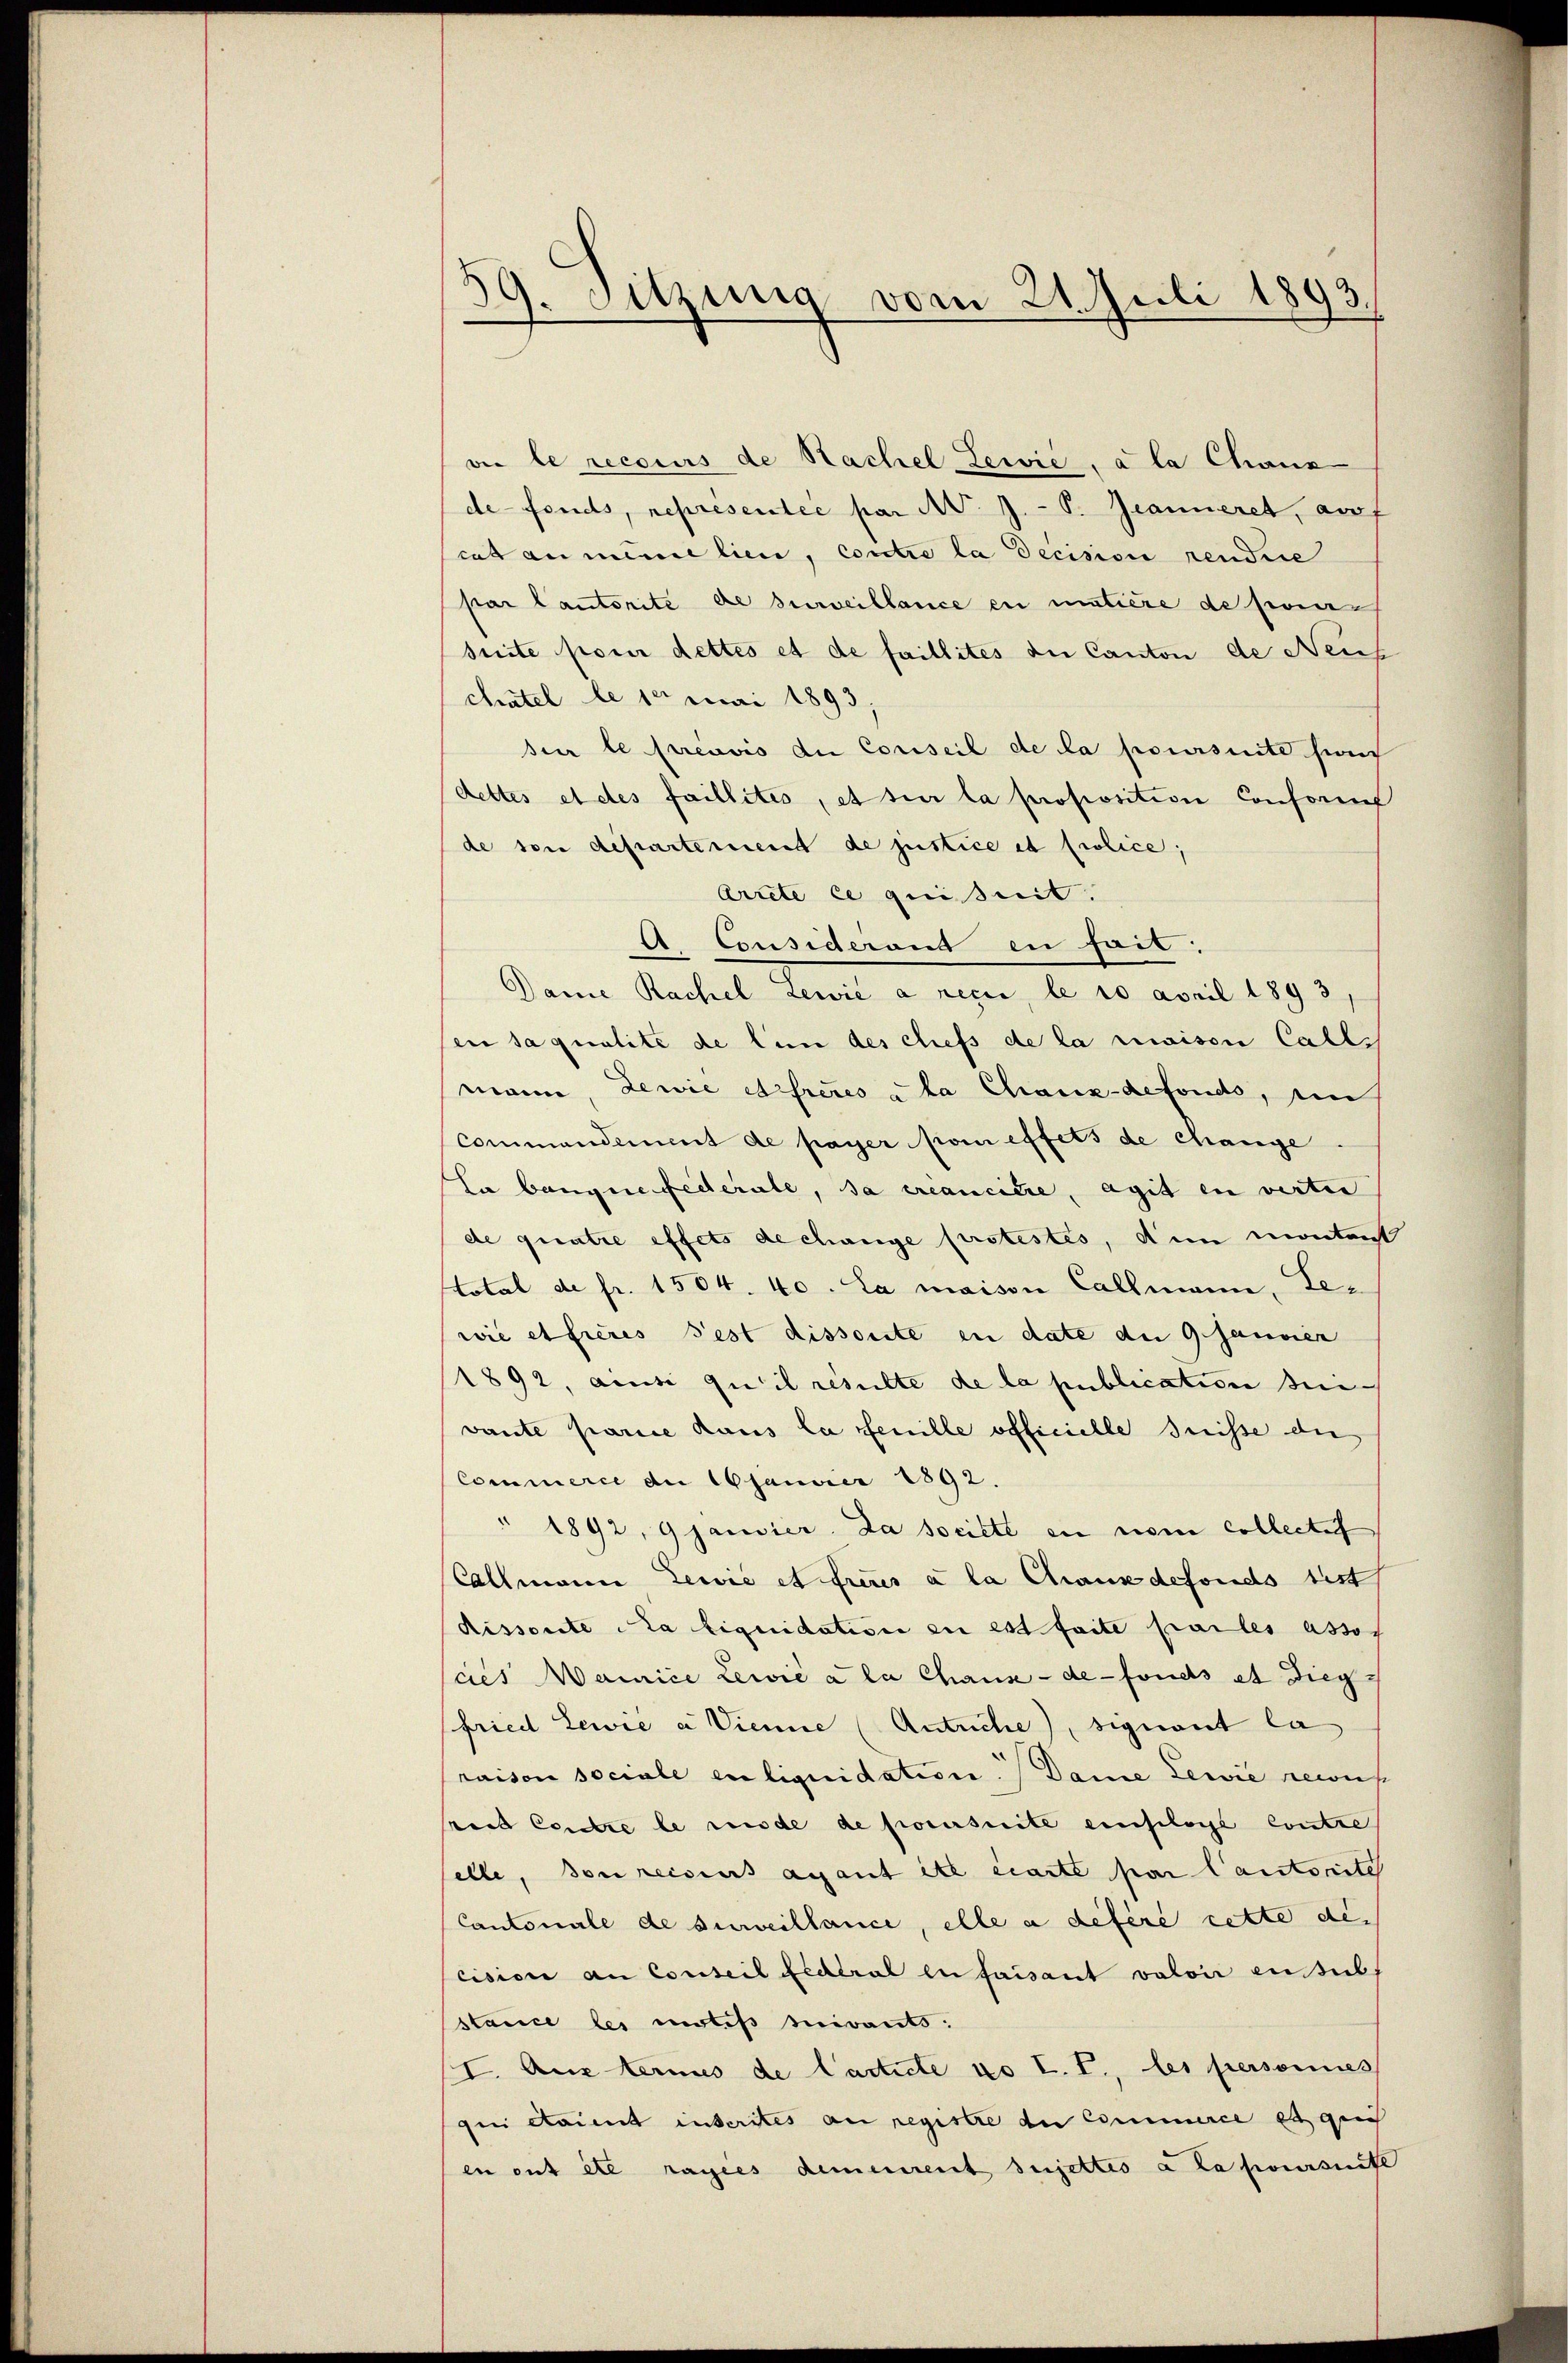
39. Sitzung vom 24. Juli 1893.

ai le recours de Sachel Lewić, a la Chaux
defonds, representée par N. J.-V. Jeanneret, auf
cat an meine lieu, contre la decision rendrie
par Cantorité de surveillance en matière de feiersuite pour dettes et de faillites du Canton de Neuh
chatel le 10 Mai 1893
sur le préavis die Conseil de la poursuite sind
dettes et des faillités, et sur la proposition Consoris
de von departement de justice et prolice,
Arrete ce quisit.
A. Cousiderand in heit.
Dame Rachel Lewić a neci, le 10 April 1893
sen sa qualité de lin des chefs de la maison Calli
mann, Lewie ehreres à la Chaux-defonds, ein
commandement de payer son effets de change
La bange federale, da créanciere, agit in verter
de quatre effets de change protestes, den montenst
Total de fr. 1504. 40. La maison Callmann, Lewie et fieres Fest dissoute in date du 9 Janvien
1892, ainsi qu’il resulte de la publication seivante parice haus la feuille officielle Trisse die
Commerce de 16janvier 1892.
" 1892, 9 janvier. Da societe en nom Collectif
Callmann Lewić et freues à la Chaus defonds bist,
Rissoute la liquidation zu est faite pailes assos
cies Mainice Lewić a la Chaux-de-Fonds et Diegfried Lewie a Vienne Antriche), signant la
raison sociale en liquidation. Dame Lewie gewiese
rud Cedere le wurde de procursuite einsloge Contre
elle, son reiseurs ayant it écarte par Cantonite
Cantonale de surveillance, elle a défère cette de-
cision an Conseil Federal en faisant valoi ensub
stance les motifs suivants:
CI. Aus termes de Carticle po L. T., les personnes
qui étaient inscrites an registre der Commerce et qui
en ont etc rages demeinent sujettes à la poursuite